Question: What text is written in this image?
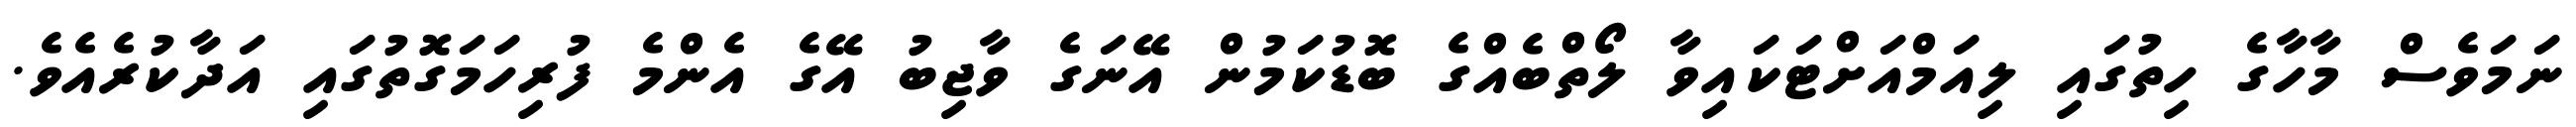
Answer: ނަމަވެސް މާހާގެ ހިތުގައި ލިއަމްއަށްޓަކައިވާ ލޯތްބެއްގެ ބޮޑުކަމުން އޭނަގެ ވާޖިބު އޭގެ އެންމެ ފުރިހަމަގޮތުގައި އަދާކުރެއެވެ.